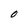
Character: O